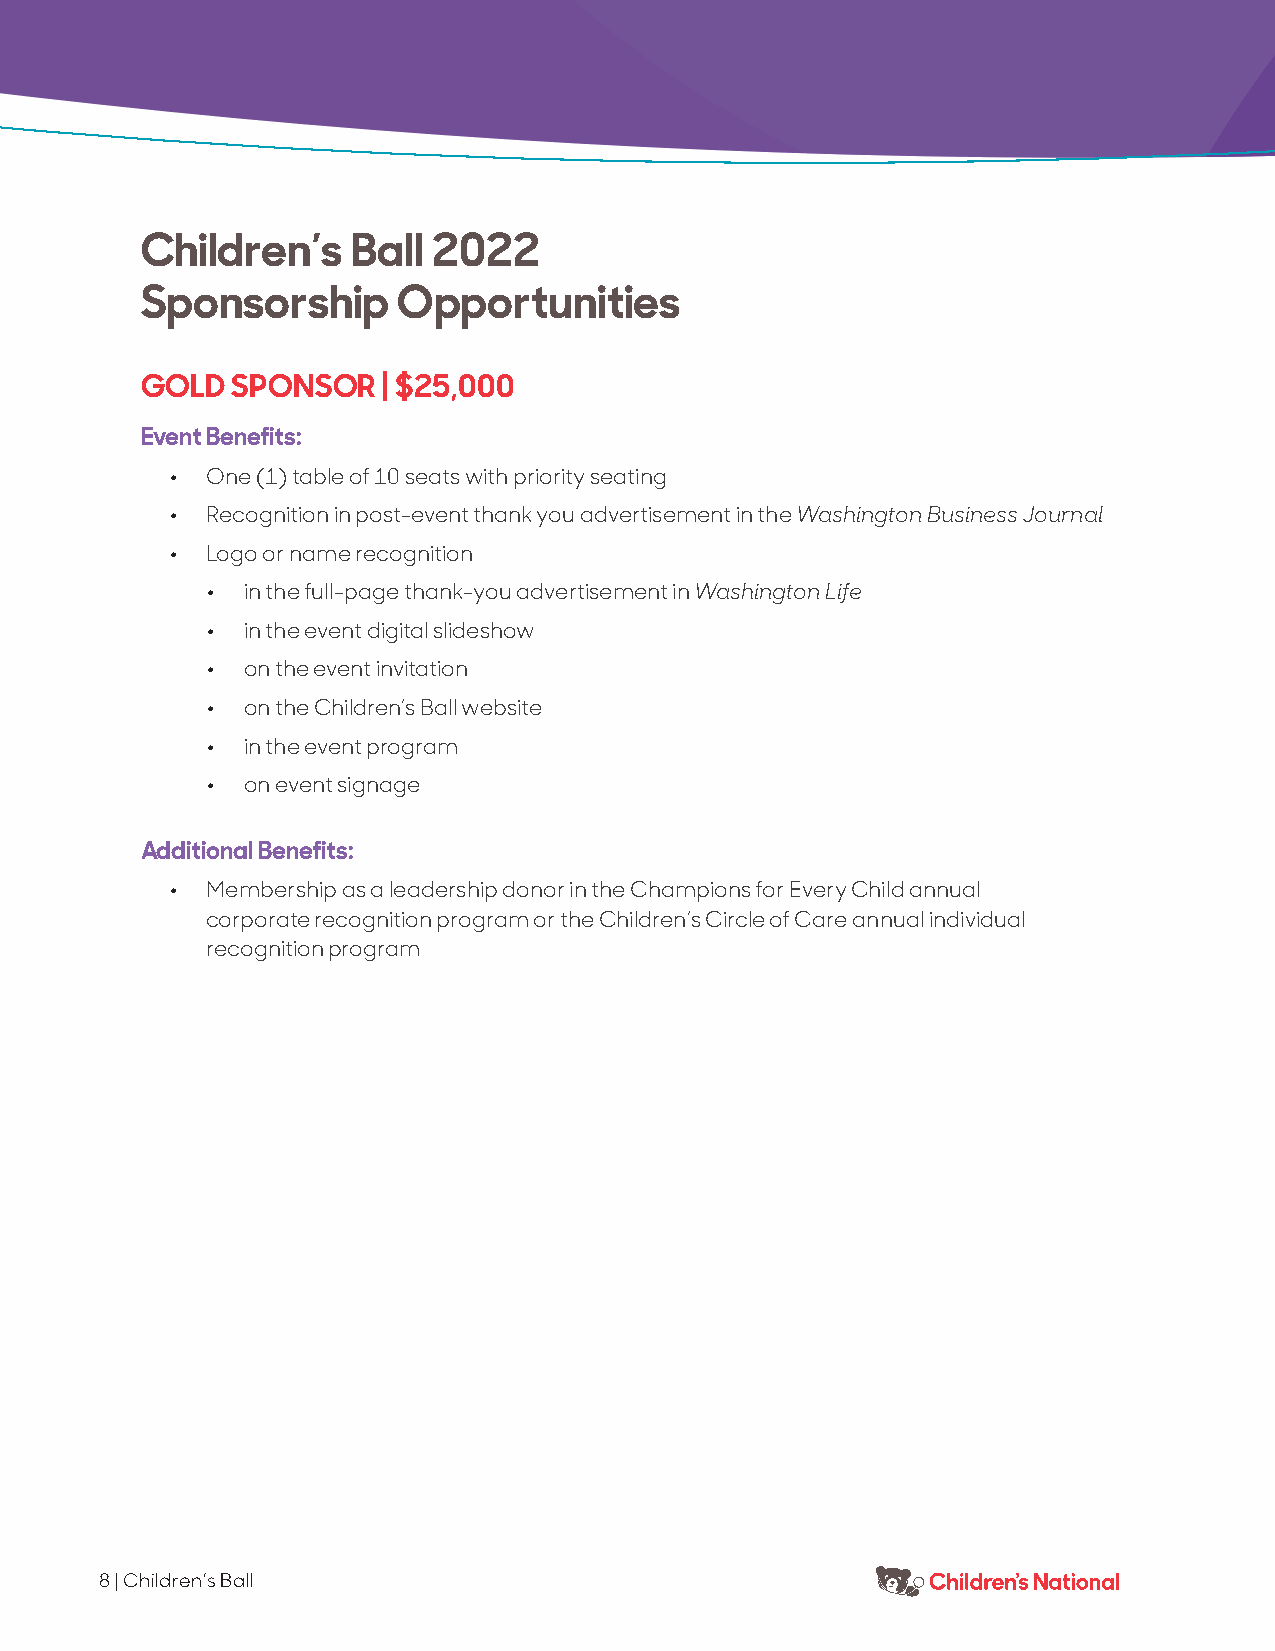
Children’s    Ball  2022
 Sponsorship      Opportunities
 GOLD  SPONSOR   | $25,000
 Event Benefits:
 •  One (1) table of 10 seats with priority seating
 •  Recognition in post-event thank you advertisement in the Washington Business Journal
 •  Logo or name recognition
 • in the full-page thank-you advertisement in Washington Life
 • in the event digital slideshow
 • on the event invitation
 • on the Children’s Ball website
 • in the event program
 • on event signage
 Additional Benefits:
 •  Membership as a leadership donor in the Champions for Every Child annual
 corporate recognition program or the Children’s Circle of Care annual individual
 recognition program
 8 | Children’s Ball